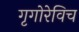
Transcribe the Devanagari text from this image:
गृगोरेविच